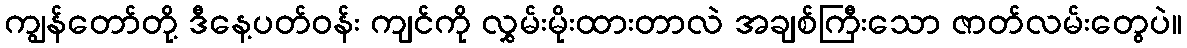
ကျွန်တော်တို့ ဒီနေ့ပတ်ဝန်း ကျင်ကို လွှမ်းမိုးထားတာလဲ အချစ်ကြီးသော ဇာတ်လမ်းတွေပဲ။